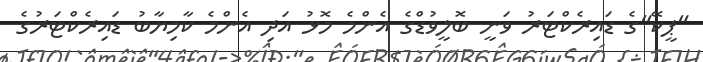
"ޕީކޭ"ގެ ޑައިރެކްޓަރު ވަނީ ބޮލީވުޑްގެ އެންމެ މޮޅު އަދި އެންމެ ކާމިޔާބު ޑައިރެކްޓަރުގެ